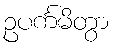
ဥပင်္ကမိတွာ